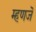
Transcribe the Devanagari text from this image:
म्हणजॆ